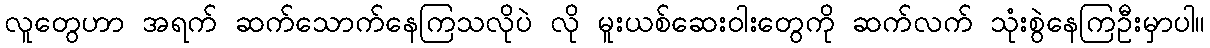
လူတွေဟာ အရက် ဆက်သောက်နေကြသလိုပဲ လို မူးယစ်ဆေးဝါးတွေကို ဆက်လက် သုံးစွဲနေကြဦးမှာပါ။